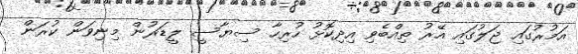
އަމުރުގައި ޖަލުގައި އޭރު ތިއްބެވި އިދިކޮޅު ހުރިހާ ސިޔާސީ ލީޑަރުން މިނިވަން ކުރަން